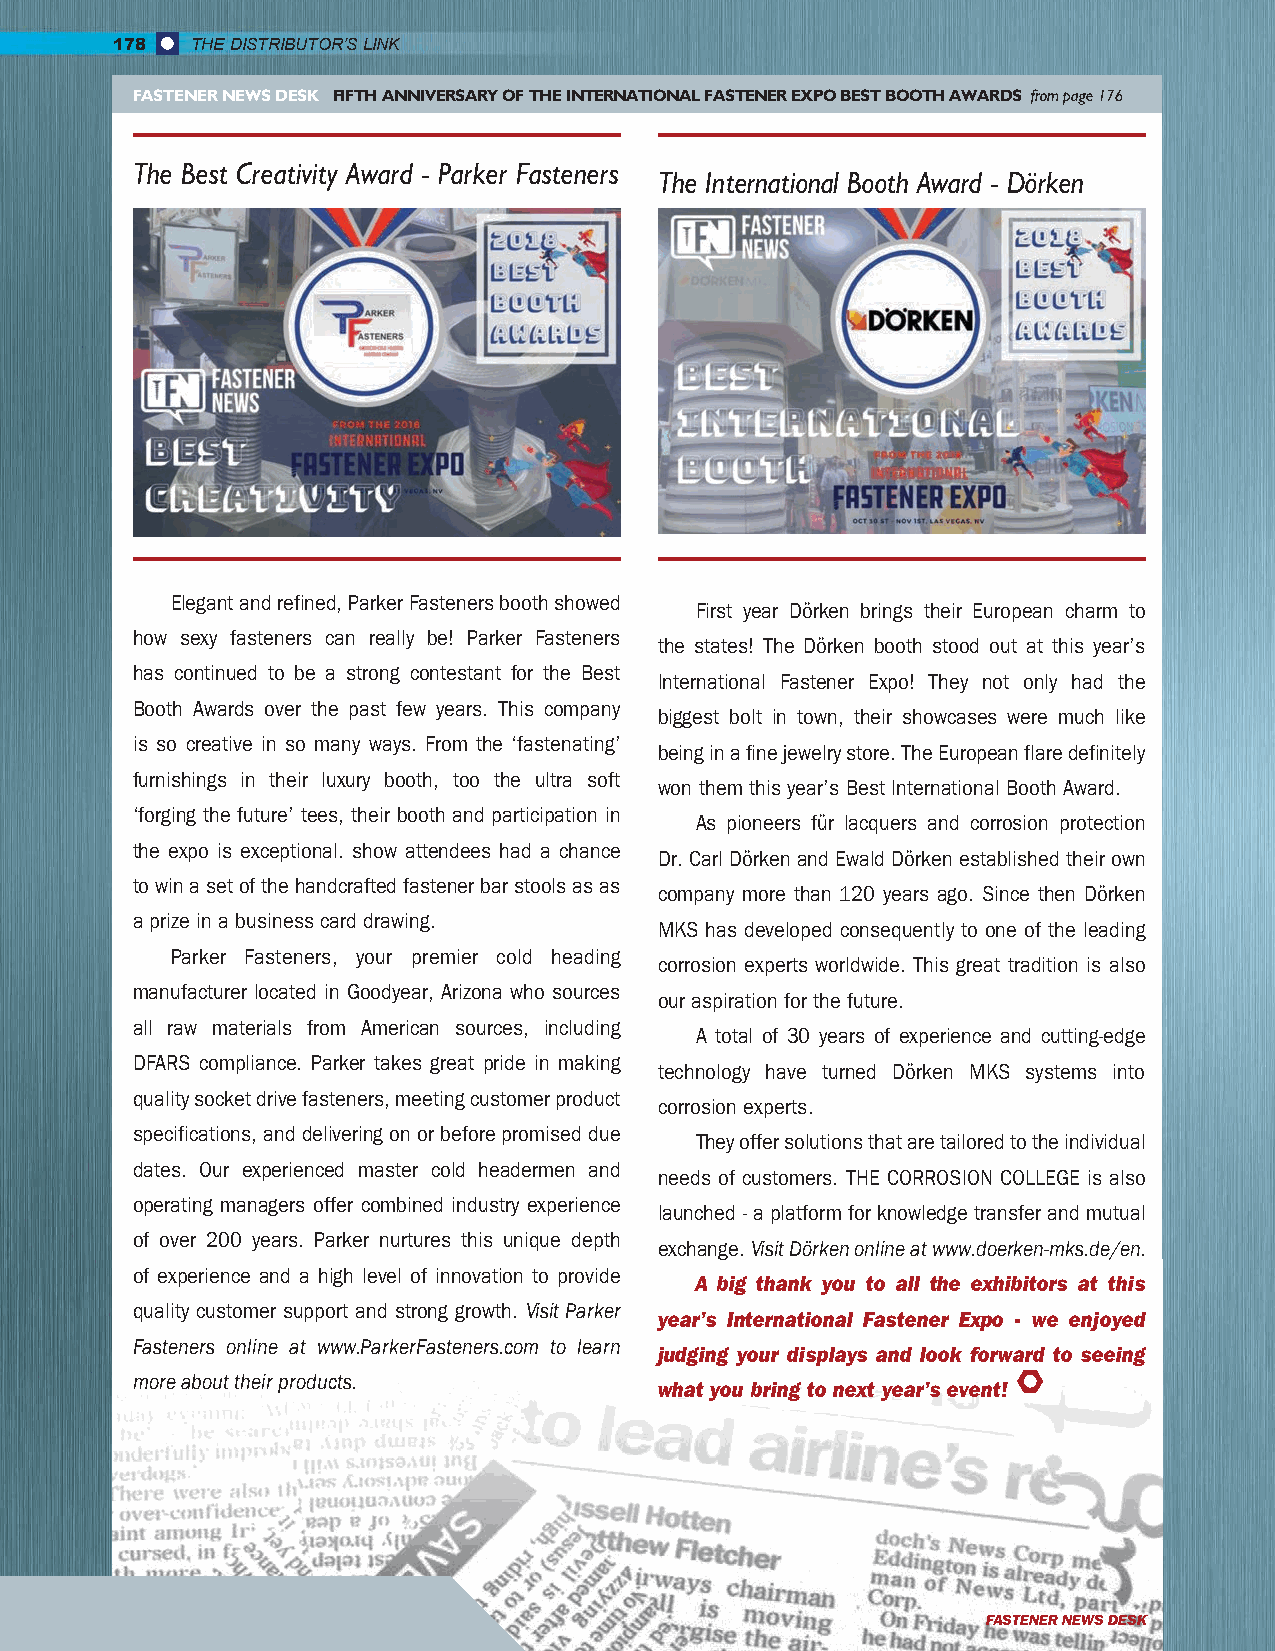
178   THE DISTRIBUTOR’S LINK
 FASTENER NEWS DESK FIFTH ANNIVERSARY OF THE INTERNATIONAL FASTENER EXPO BEST BOOTH AWARDS from page 176
 The Best Creativity Award - Parker Fasteners
 The International Booth Award - Dörken
 Elegant and refined, Parker Fasteners booth showed
 First year Dörken brings their European charm to
 how sexy fasteners can really be! Parker Fasteners
 the states! The Dörken booth stood out at this year’s
 has continued to be a strong contestant for the Best
 International Fastener Expo! They not only had the
 Booth Awards over the past few years. This company
 biggest bolt in town, their showcases were much like
 is so creative in so many ways. From the ‘fastenating’
 being in a fine jewelry store. The European flare definitely
 furnishings in their luxury booth, too the ultra soft
 won them this year’s Best International Booth Award.
 ‘forging the future’ tees, their booth and participation in
 As pioneers für lacquers and corrosion protection
 the expo is exceptional. show attendees had a chance
 Dr. Carl Dörken and Ewald Dörken established their own
 to win a set of the handcrafted fastener bar stools as as
 company more than 120 years ago. Since then Dörken
 a prize in a business card drawing.
 MKS has developed consequently to one of the leading
 Parker Fasteners, your premier cold heading
 corrosion experts worldwide. This great tradition is also
 manufacturer located in Goodyear, Arizona who sources
 our aspiration for the future.
 all raw materials from American sources, including
 A total of 30 years of experience and cutting-edge
 DFARS compliance. Parker takes great pride in making
 technology have turned Dörken MKS systems into
 quality socket drive fasteners, meeting customer product
 corrosion experts.
 specifications, and delivering on or before promised due
 They offer solutions that are tailored to the individual
 dates. Our experienced master cold headermen and
 needs of customers. THE CORROSION COLLEGE is also
 operating managers offer combined industry experience
 launched - a platform for knowledge transfer and mutual
 of over 200 years. Parker nurtures this unique depth
 exchange. Visit Dörken online at www.doerken-mks.de/en.
 of experience and a high level of innovation to provide
 A big thank you to all the exhibitors at this
 quality customer support and strong growth. Visit Parker
 year’s International Fastener Expo - we enjoyed
 Fasteners online at www.ParkerFasteners.com to learn
 judging your displays and look forward to seeing
 more about their products.
 what you bring to next year’s event!
 FASTENER NEWS DESK